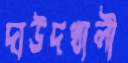
দাউদখালী